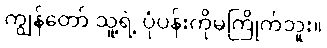
ကျွန်တော် သူ့ရဲ့ ပုံပန်းကိုမကြိုက်ဘူး။